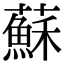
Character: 蘇